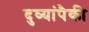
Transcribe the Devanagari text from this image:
दुव्यांपैकी